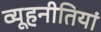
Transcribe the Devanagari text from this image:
व्यूहनीतियां